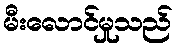
မီးလောင်မှုသည်